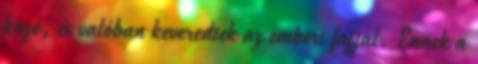
közé, és valóban keveredtek az emberi fajjal. Ennek a